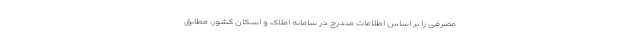
مصرفی را بر اساس اطلاعات مندرج در سامانه املاک و اسکان کشور، مطابق